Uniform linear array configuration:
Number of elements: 64
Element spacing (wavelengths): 0.75
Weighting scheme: kaiser
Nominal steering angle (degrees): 0
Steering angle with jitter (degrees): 0.5003
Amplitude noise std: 0.05
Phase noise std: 0.05

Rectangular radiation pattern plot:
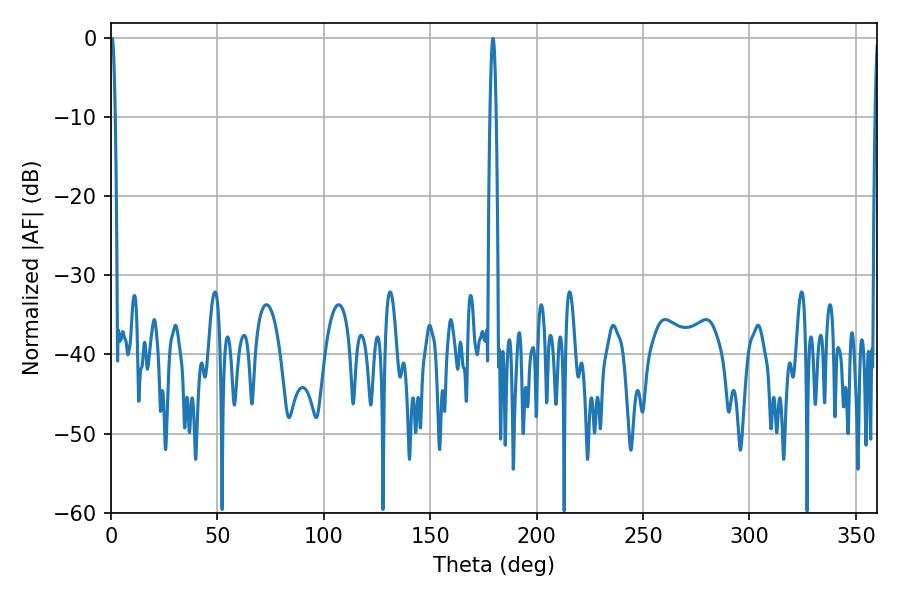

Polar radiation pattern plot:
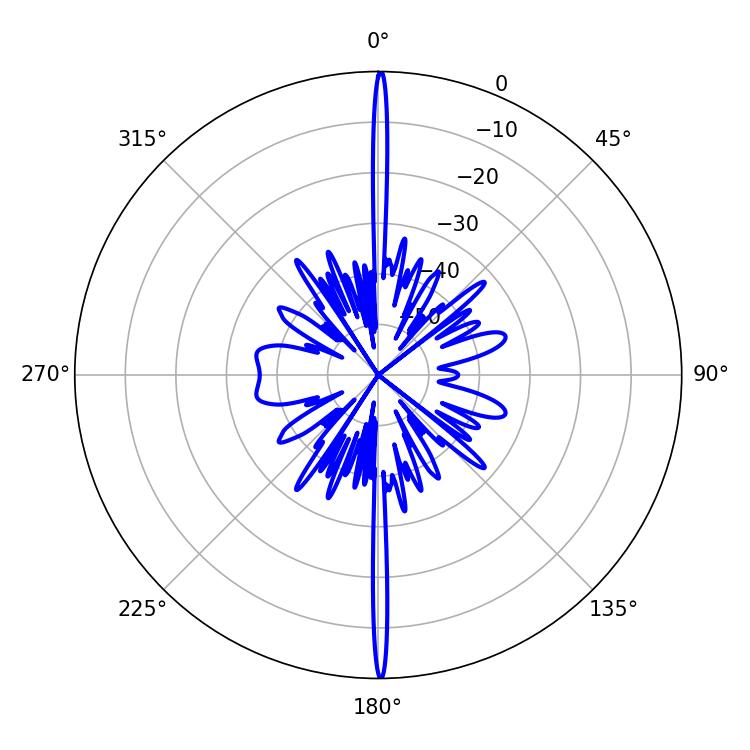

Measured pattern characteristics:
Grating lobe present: TRUE
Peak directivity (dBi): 35.582
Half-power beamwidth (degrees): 1.44
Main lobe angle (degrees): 179.46